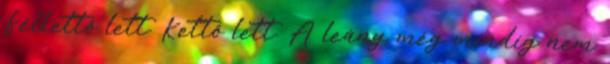
Félkettő lett. Kettő lett. A leány még mindíg nem